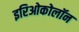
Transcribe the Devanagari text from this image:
इरिओकोलॉन